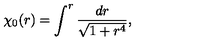
\chi _ { 0 } ( r ) = \int ^ { r } \frac { d r } { \sqrt { 1 + r ^ { 4 } } } ,